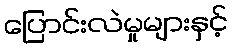
ပြောင်းလဲမှုများနှင့်